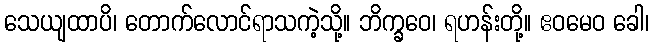
သေယျထာပိ၊ တောက်လောင်ရာသကဲ့သို့။ ဘိက္ခဝေ၊ ရဟန်းတို့။ ဧဝမေဝ ခေါ၊